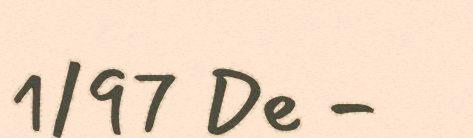
1/97 De -